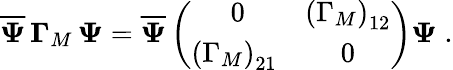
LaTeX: \overline{{{\mathbf\Psi}}}\, {\mathbf\Gamma}_{M}\, {\mathbf\Psi}=\overline{{{\mathbf\Psi}}}\left(\begin{array}{cc}{{\ 0}}&{{\left({\Gamma_{M}}\right)_{12}}}\\ {{\left({\Gamma_{M}}\right)_{21}}}&{{0}}\end{array}\right){\mathbf\Psi}\; .